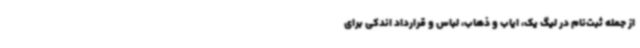
از جمله ثبت‌نام در لیگ یک، ایاب و ذهاب، لباس و قرارداد اندکی برای